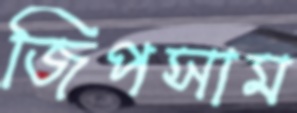
জিপসাম